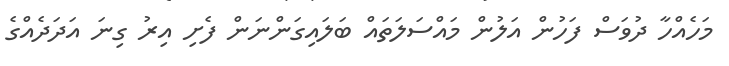
މަހެއްހާ ދުވަސް ފަހުން އަލުން މައްސަލަތައް ބަލައިގަންނަން ފެށި އިރު ގިނަ އަދަދެއްގެ